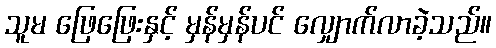
သူမ ဖြေဖြေးနှင့် မှန်မှန်ပင် လျှောက်လာခဲ့သည်။